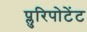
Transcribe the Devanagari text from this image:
प्लुरिपोटेंट